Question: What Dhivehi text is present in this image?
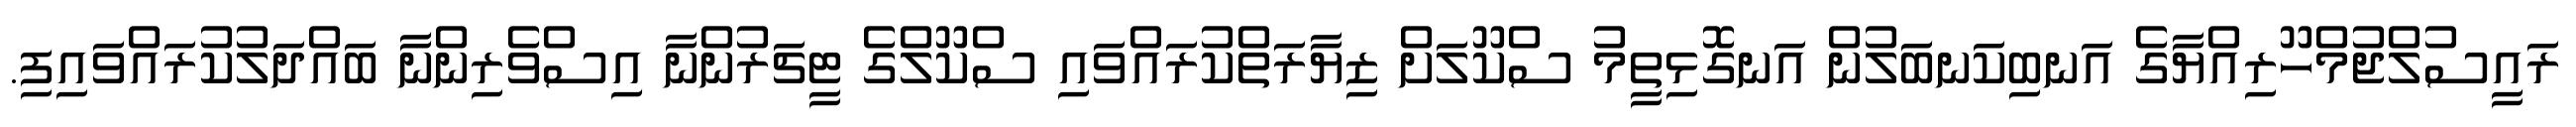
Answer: ރައީސުލްޖުމްހޫރިއްޔާގެ އަނބިކަނބަލުން އަނގޮޅިތީމު ސްކޫލަށް ޒިޔާރަތްކުރައްވައި ސްކޫލްގެ ޓީޗަރުންނާ އިސްވެރިންނާ ބައްދަލުކުރައްވައިފި.